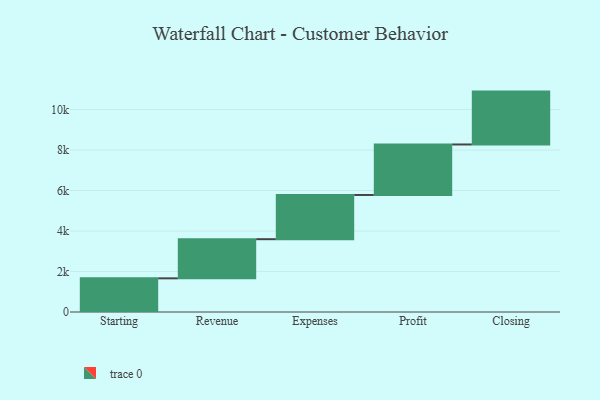
{"axis": {"x": "Step", "y": "Value"}, "legend": [""], "data": [{"x": "Starting", "y": 1663.0, "type": ""}, {"x": "Revenue", "y": 1934.0, "type": ""}, {"x": "Expenses", "y": 2185.0, "type": ""}, {"x": "Profit", "y": 2495.0, "type": ""}, {"x": "Closing", "y": 2612.0, "type": ""}]}